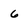
Character: 6